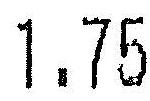
1.75